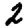
Digit: 2